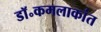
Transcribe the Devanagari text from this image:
डॉ॰कमलाकांत